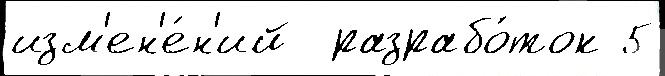
изм'ен'е́н'ий  разрабо́ток 5